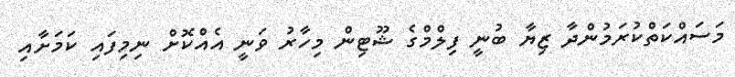
މަސައްކަތްކުރަމުންދާ ޒިޔާ ބުނީ ފިލްމްގެ ޝޫޓިން މިހާރު ވަނީ އެއްކޮށް ނިމިފައި ކަމަށާއި